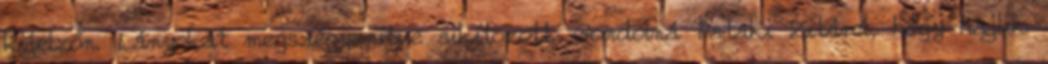
ki­jel­zőn. Lá­nyo­kat meg­szé­gye­nítve si­kí­to­zott. Gon­dolná Pa­taki Zi­tá­ról, hogy haj­lik